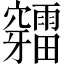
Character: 𥩉